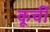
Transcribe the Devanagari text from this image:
कूर्ची